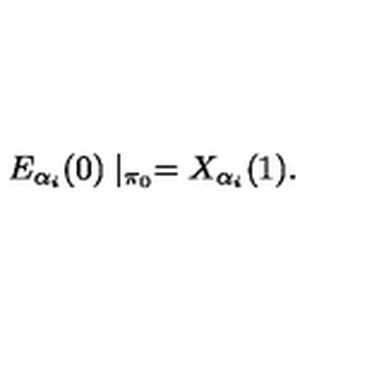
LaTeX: E _ { \alpha _ { i } } ( 0 ) \mid _ { \pi _ { 0 } } = X _ { \alpha _ { i } } ( 1 ) .